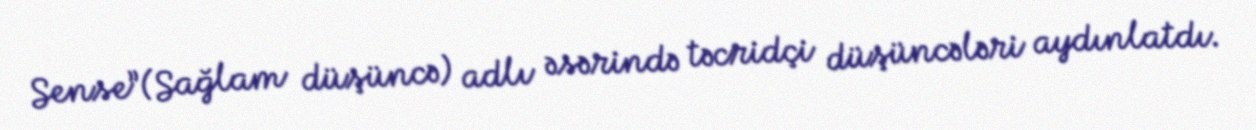
Sense”(Sağlam düşüncə) adlı əsərində təcridçi düşüncələri aydınlatdı.